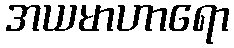
အယမာဟာရော